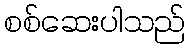
စစ်ဆေးပါသည်